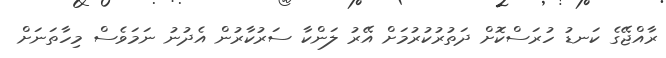
ރާއްޖޭގެ ކަނޑު ހުރަސްކޮށް ދަތުރުކުރުމަށް އޭރު ލަންކާ ސަރުކާރުން އެދުނު ނަމަވެސް މިހާތަނަށް